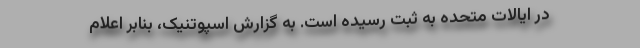
در ایالات متحده به ثبت رسیده است. به گزارش اسپوتنیک، بنابر اعلام